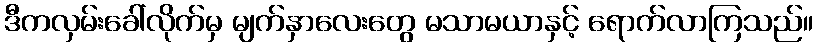
ဒီကလှမ်းခေါ်လိုက်မှ မျက်နှာလေးတွေ မသာမယာနှင့် ရောက်လာကြသည်။